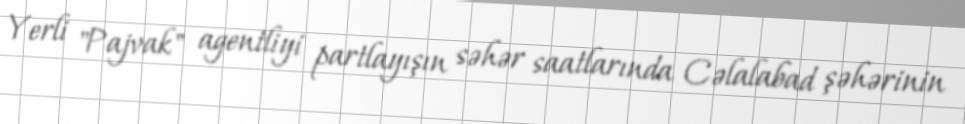
Yerli "Pajvak" agentliyi partlayışın səhər saatlarında Cəlalabad şəhərinin